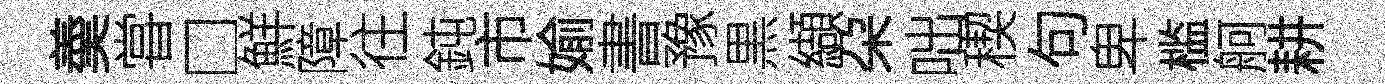
羮甞□鮮障往鈍市媮書豫黒纈朶咄稧句卑槛舸耕